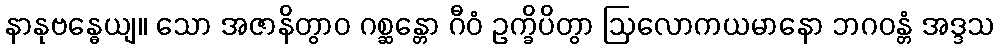
နာနုဗန္ဓေယျ။ သော အဇာနိတွာဝ ဂစ္ဆန္တော ဂီဝံ ဥက္ခိပိတွာ ဩလောကယမာနော ဘဂဝန္တံ အဒ္ဒသ